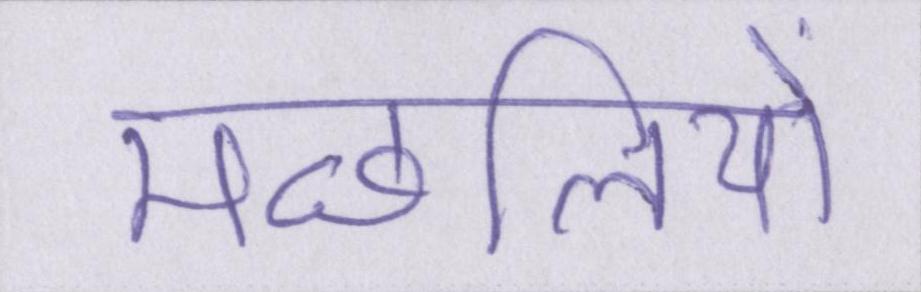
मछलियों